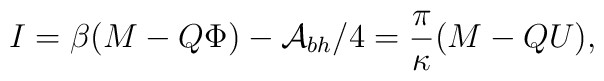
I = \beta(M - Q \Phi) - {\cal A}_{bh}/4 = \frac{\pi}{\kappa} (M - Q U),